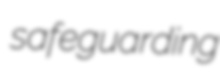
safeguarding